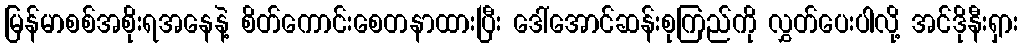
မြန်မာစစ်အစိုးရအနေနဲ့ စိတ်ကောင်းစေတနာထားပြီး ဒေါ်အောင်ဆန်းစုကြည်ကို လွှတ်ပေးပါလို့ အင်ဒိုနီးရှား